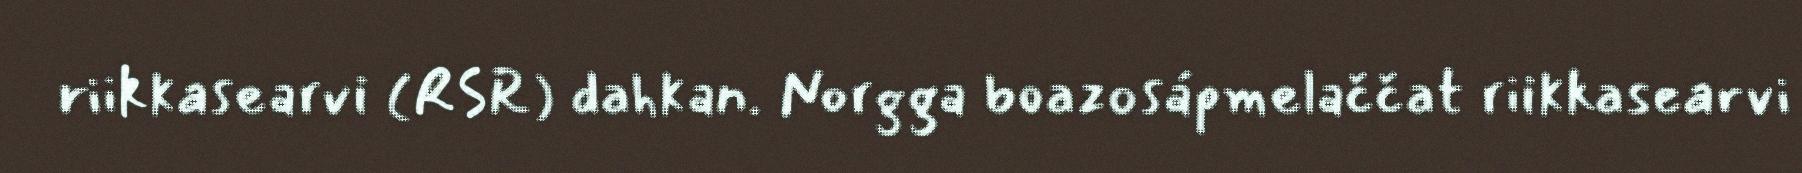
riikkasearvi (RSR) dahkan. Norgga boazosápmelaččat riikkasearvi